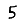
Digit: 5